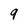
Character: 9